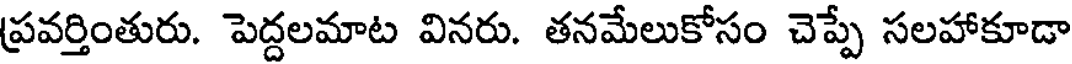
ప్రవర్తింతురు. పెద్దలమాట వినరు. తనమేలుకోసం చెప్పే సలహాకూడా